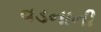
વડનાની